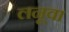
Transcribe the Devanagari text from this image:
लनूवा